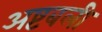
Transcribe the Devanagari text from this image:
अष्टबली